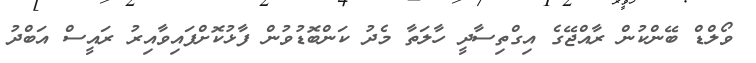
ވޯލްޑް ބޭންކުން ރާއްޖޭގެ އިގްތިސާދީ ހާލަތާ މެދު ކަންބޮޑުވުން ފާޅުކޮށްފައިވާއިރު ރައީސް އަބްދު